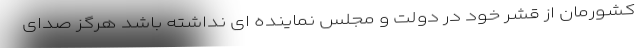
کشورمان از قشر خود در دولت و مجلس نماینده ای نداشته باشد هرگز صدای